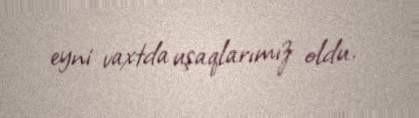
eyni vaxtda uşaqlarımız oldu.